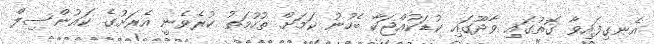
އެނގިފައިވާ ގޮތުގައި ވާދޫގައި ކުޑަކުއްޖަކާ ބެހުނު ކަމަށް ތުހުމަތު ކުރެވެނީ އެރަށުގެ ކައުންސިލް